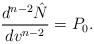
LaTeX: \begin{align*} \frac{d^{n-2}\hat{N}}{dv^{n-2}}=P_{0}.\end{align*}